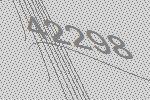
42298